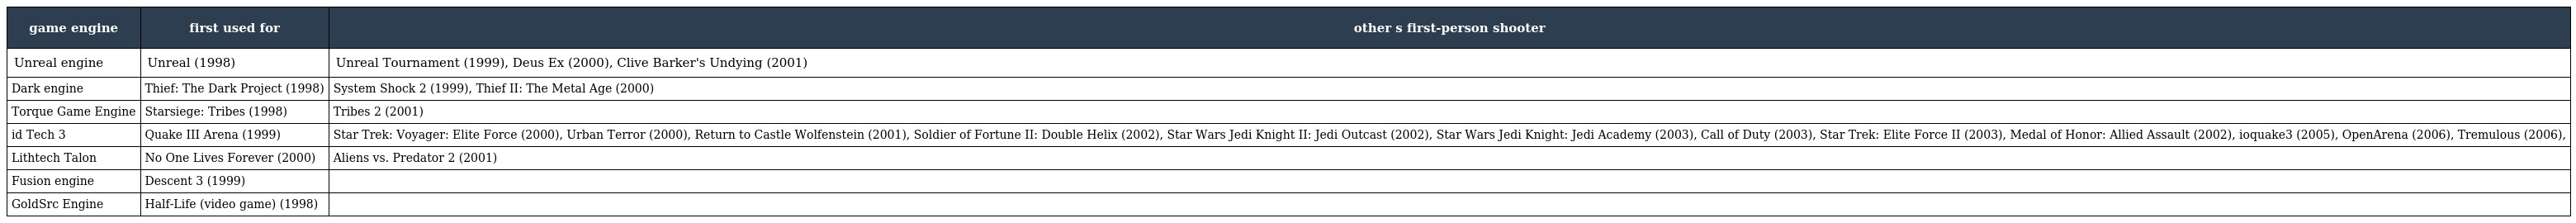
| game engine | first used for | other s first-person shooter |
 | --- | --- | --- |
 | Unreal engine | Unreal (1998) | Unreal Tournament (1999), Deus Ex (2000), Clive Barker's Undying (2001) |
 | Dark engine | Thief: The Dark Project (1998) | System Shock 2 (1999), Thief II: The Metal Age (2000) |
 | Torque Game Engine | Starsiege: Tribes (1998) | Tribes 2 (2001) |
 | id Tech 3 | Quake III Arena (1999) | Star Trek: Voyager: Elite Force (2000), Urban Terror (2000), Return to Castle Wolfenstein (2001), Soldier of Fortune II: Double Helix (2002), Star Wars Jedi Knight II: Jedi Outcast (2002), Star Wars Jedi Knight: Jedi Academy (2003), Call of Duty (2003), Star Trek: Elite Force II (2003), Medal of Honor: Allied Assault (2002), ioquake3 (2005), OpenArena (2006), Tremulous (2006), |
 | Lithtech Talon | No One Lives Forever (2000) | Aliens vs. Predator 2 (2001) |
 | Fusion engine | Descent 3 (1999) |  |
 | GoldSrc Engine | Half-Life (video game) (1998) |  |